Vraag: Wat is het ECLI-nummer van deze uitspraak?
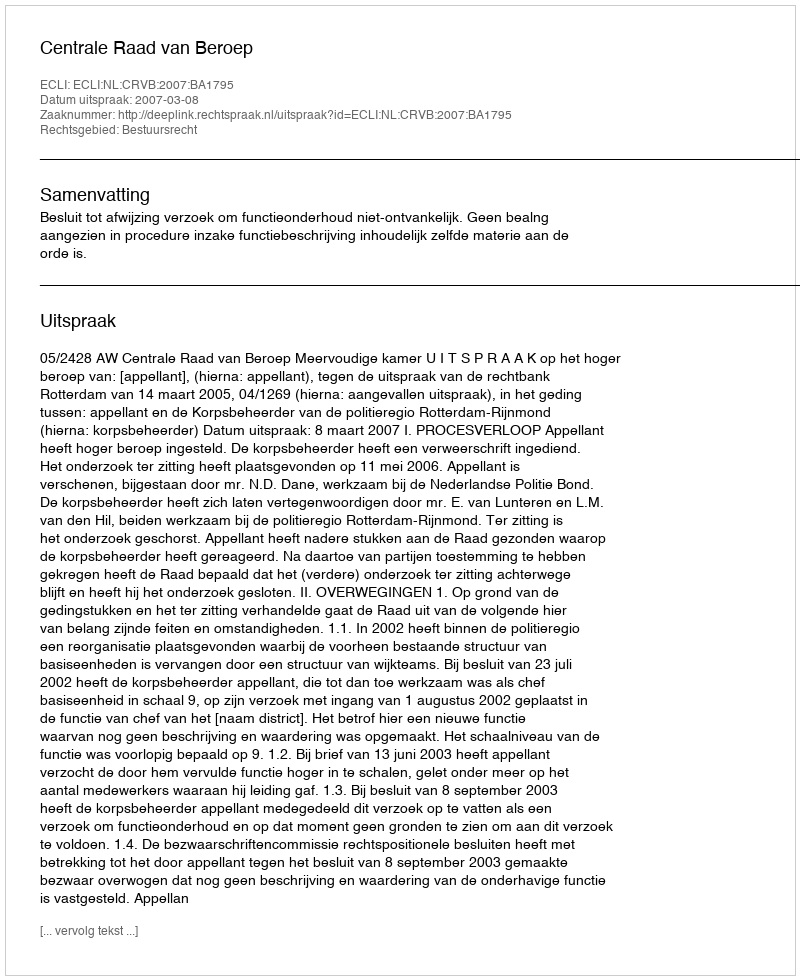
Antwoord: ECLI:NL:CRVB:2007:BA1795